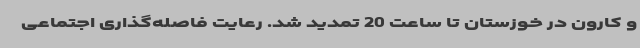
و کارون در خوزستان تا ساعت 20 تمدید شد. رعایت فاصله‌گذاری اجتماعی